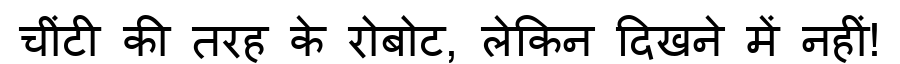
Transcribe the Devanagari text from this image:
चींटी की तरह के रोबोट, लेकिन दिखने में नहीं!